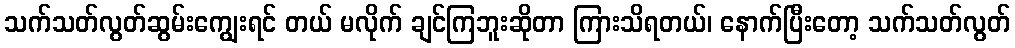
သက်သတ်လွတ်ဆွမ်းကျွေးရင် တယ် မလိုက် ချင်ကြဘူးဆိုတာ ကြားသိရတယ်၊ နောက်ပြီးတော့ သက်သတ်လွတ်